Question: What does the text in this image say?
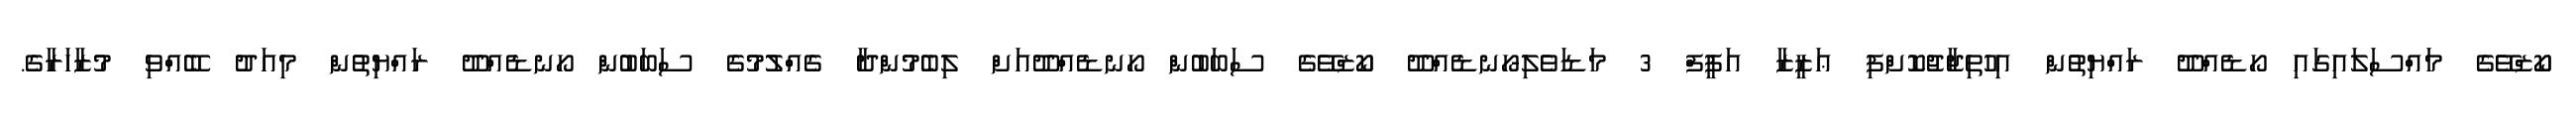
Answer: ކޯޒްވޭގެ މައްސަލައިގައި ހޯޑެއްދޫ ރައްޔިތުން އިހުތިޖާޖުކޮށްފި ޢަޒީޒާ އަފީފް 3 މަޑަވެލި-ހޯނޑެއްދޫ ކޯޒްވޭގެ ސަބަބުން ހޯނޑެއްދޫއަށް ލިބެމުންދާ ގެއްލުމުގެ ސަބަބުން ހޯނޑެއްދޫ ރައްޔިތުން މިއަދު ބޭއްވި މުޒާހަރާގެ.